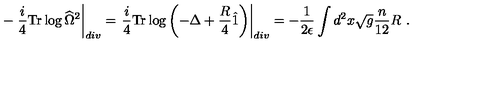
- \left. \frac { i } { 4 } \mathrm { T r } \log \widehat { \Omega } ^ { 2 } \right| _ { d i v } = \left. \frac { i } { 4 } \mathrm { T r } \log \left( - \Delta + { \frac { R } { 4 } } \hat { 1 } \right) \right| _ { d i v } = - { \frac { 1 } { 2 \epsilon } } \int d ^ { 2 } x \sqrt { g } { \frac { n } { 1 2 } } R \ .